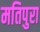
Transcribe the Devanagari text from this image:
मतिपुरा